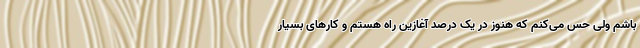
باشم ولی حس می‌کنم که هنوز در یک درصد آغازین راه هستم و کارهای بسیار